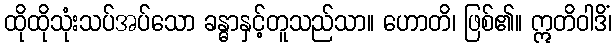
ထိုထိုသုံးသပ်အပ်သော ခန္ဓာနှင့်တူသည်သာ။ ဟောတိ၊ ဖြစ်၏။ ဣတိဝါဒိံ၊